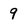
Character: 9